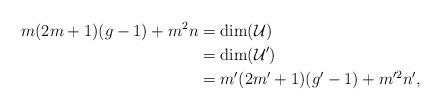
LaTeX: \begin{align*}m(2m+1)(g-1)+m^2n &= \dim(\mathcal{U}) \\ &= \dim(\mathcal{U}') \\ &= m'(2m'+1)(g'-1)+m'^2n',\end{align*}